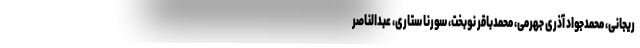
ریجانی، محمدجواد آذری جهرمی، محمدباقر نوبخت، سورنا ستاری، عبدالناصر